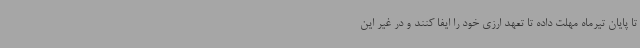
تا پایان تیرماه مهلت داده تا تعهد ارزی خود را ایفا کنند و در غیر این